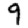
Digit: 9